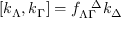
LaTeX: [ k _ { \Lambda } , k _ { \Gamma } ] = f _ { \Lambda \Gamma } ^ { \ \ \Delta } k _ { \Delta }